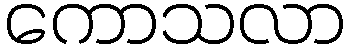
ကောသလာ